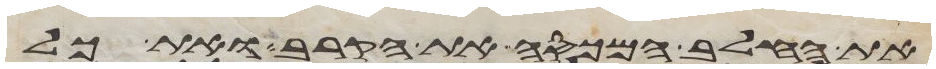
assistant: את החלב המכסה את הקרב ואת כל